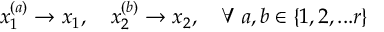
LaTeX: x _ { 1 } ^ { ( a ) } \rightarrow x _ { 1 } , \quad x _ { 2 } ^ { ( b ) } \rightarrow x _ { 2 } , \quad \forall \, a , b \in \{ 1 , 2 , . . . r \}